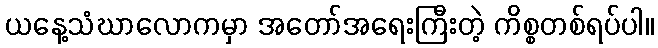
ယနေ့သံဃာလောကမှာ အတော်အရေးကြီးတဲ့ ကိစ္စတစ်ရပ်ပါ။